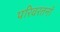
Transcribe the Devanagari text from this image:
परिवरतनों